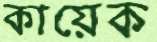
কায়েক